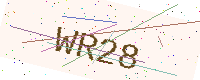
Text: WR28